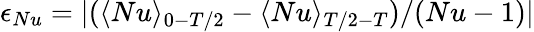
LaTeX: \epsilon_{Nu}=|(\langle Nu\rangle_{0-T/2}-\langle Nu\rangle_{T/2-T})/(Nu-1)|